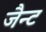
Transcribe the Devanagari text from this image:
जैन्ट